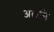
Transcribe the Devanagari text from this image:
अर्लीने